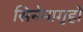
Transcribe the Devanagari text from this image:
सिनेमागृहों